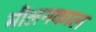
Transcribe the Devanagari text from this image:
मीलनकाल